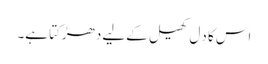
اس کا دِل کھیل کےلیے دھڑکتا ہے۔